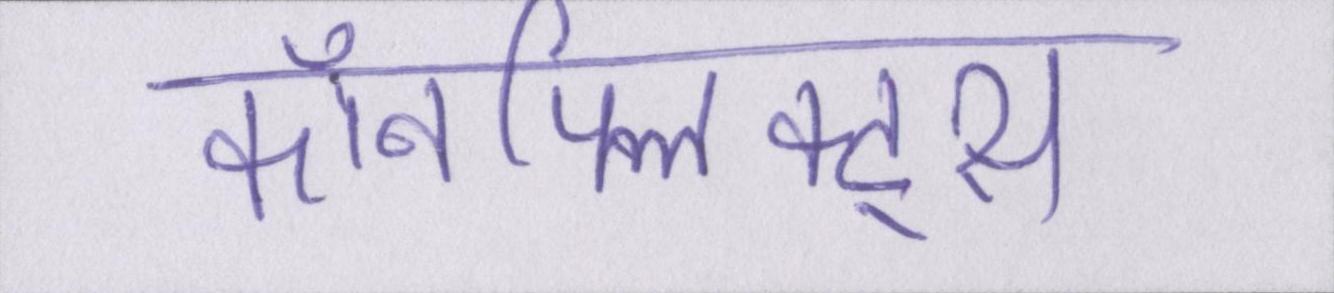
कॉनफ्लिक्ट्स